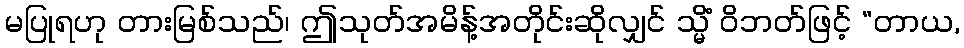
မပြုရဟု တားမြစ်သည်၊ ဤသုတ်အမိန့်အတိုင်းဆိုလျှင် သ္မိံ ဝိဘတ်ဖြင့် “တာယ,